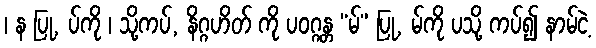
၊ န ပြု, ပ်ကို ၊ သို့ကပ်, နိဂ္ဂဟိတ် ကို ပဝဂ္ဂန္တ “မ်” ပြု, မ်ကို ပသို့ ကပ်၍ နာမ်ငဲ့